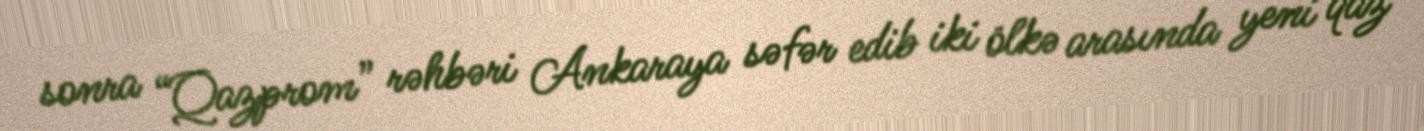
sonra “Qazprom” rəhbəri Ankaraya səfər edib iki ölkə arasında yeni qaz